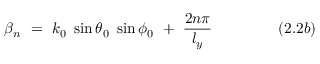
\beta _ { n } ~ = ~ k _ { 0 } ~ \sin \theta _ { 0 } ~ \sin \phi _ { 0 } ~ + ~ { \frac { 2 n \pi } { l _ { y } } } ~ ~ ~ ~ ~ ~ ~ ~ ~ ~ ~ ~ ~ ( 2 . 2 b )